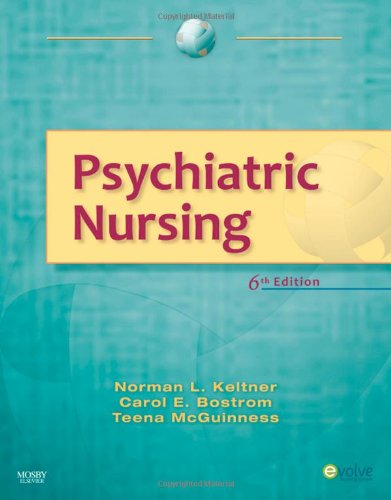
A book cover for Psychiatric Nursing, 6e; Norman L. Keltner EdD  RN  CRNP; Medical Books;